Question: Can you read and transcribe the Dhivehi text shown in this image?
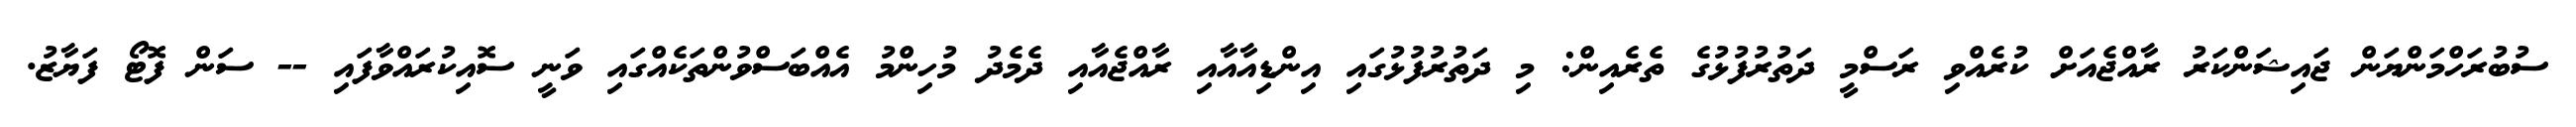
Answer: ސުބުރަހްމަންޔަން ޖައިޝަންކަރު ރާއްޖެއަށް ކުރެއްވި ރަސްމީ ދަތުރުފުޅުގެ ތެރެއިން: މި ދަތުރުފުޅުގައި އިންޑިއާއާއި ރާއްޖެއާއި ދެމެދު މުހިންމު އެއްބަސްވުންތަކެއްގައި ވަނީ ސޮއިކުރައްވާފައި -- ސަން ފޮޓޯ ފަޔާޒު.